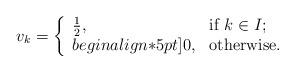
LaTeX: \begin{align*}v_k=\left\{ \begin{array}{ll} \frac{1}{2}, & \hbox{if\ $k\in I$;} \\begin{align*}5pt] 0, & \hbox{otherwise.} \end{array} \right.\end{align*}